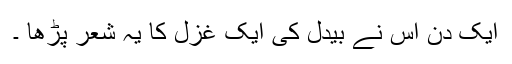
ایک دن اس نے بیدل کی ایک غزل کا یہ شعر پڑھا ۔